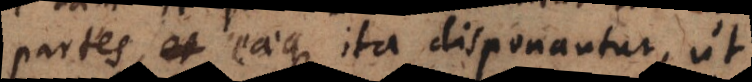
partes, eaeque ita disponantur, ut